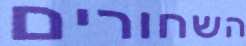
השחורים